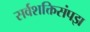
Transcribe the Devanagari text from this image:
सर्वशक्तिसंपझ